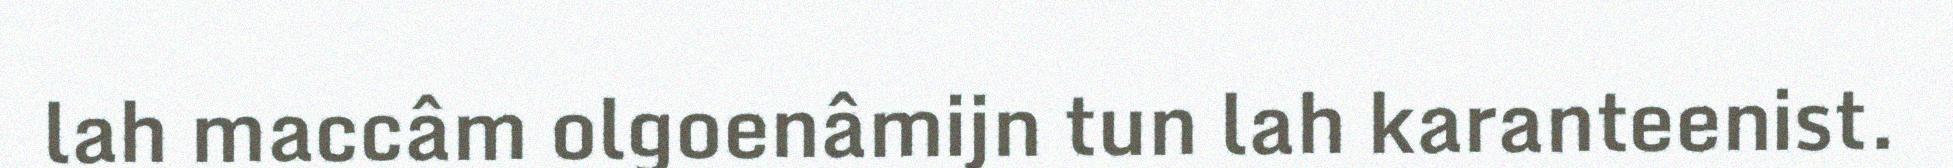
lah maccâm olgoenâmijn tun lah karanteenist.